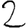
Digit: 2